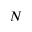
N